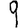
Digit: 9